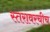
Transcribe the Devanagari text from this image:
स्तरावरचीच